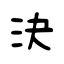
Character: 決